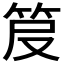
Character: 𥬖